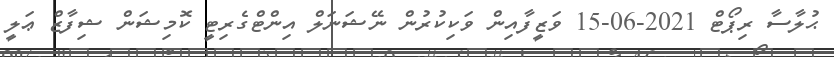
ޙުލާސާ ރިޕޯޓް 2021-06-15 ވަޒީފާއިން ވަކިކުރުން ނޭޝަނަލް އިންޓްގެރިޓީ ކޮމިޝަން ޝިފާޒް ޢަލީ